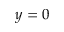
y = 0